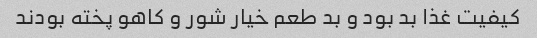
کیفیت غذا بد بود و بد طعم خیار شور و کاهو پخته بودند